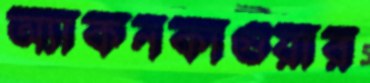
অ্যাকনকাগুয়ার